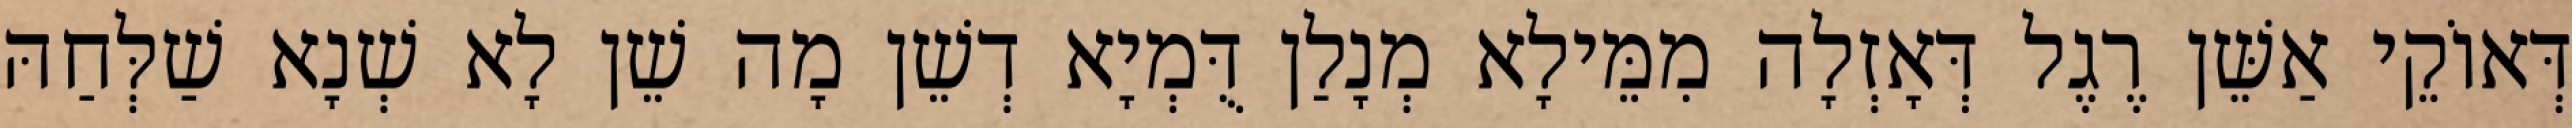
דְּאוֹקֵי אַשֵּׁן רֶגֶל דְּאָזְלָה מִמֵּילָא מְנָלַן דֻּמְיָא דְשֵׁן מָה שֵׁן לָא שְׁנָא שַׁלְּחַהּ